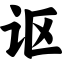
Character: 讴